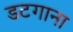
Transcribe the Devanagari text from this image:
डटगाना